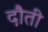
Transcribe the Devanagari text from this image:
दौती